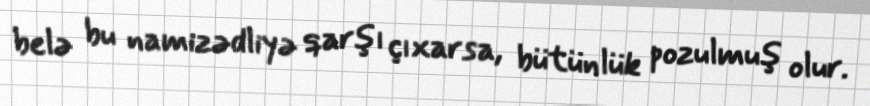
belə bu namizədliyə qarşı çıxarsa, bütünlük pozulmuş olur.